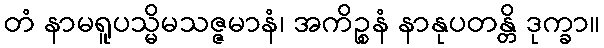
တံ နာမရူပသ္မိမသဇ္ဇမာနံ၊ အကိဉ္စနံ နာနုပတန္တိ ဒုက္ခာ။